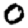
Digit: 0